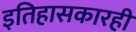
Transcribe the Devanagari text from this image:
इतिहासकारही